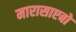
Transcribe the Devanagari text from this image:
मारासाएबो